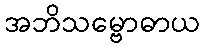
အဘိသမ္ဗောဓာယ